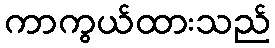
ကာကွယ်ထားသည်